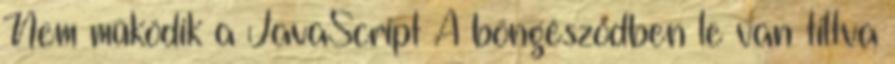
Nem működik a JavaScript A böngésződben le van tiltva